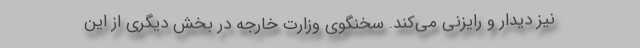
نیز دیدار و رایزنی می‌کند. سخنگوی وزارت خارجه در بخش دیگری از این